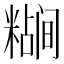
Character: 𬖷